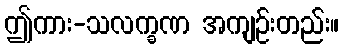
ဤကား-သလက္ခဏ အကျဉ်းတည်း။